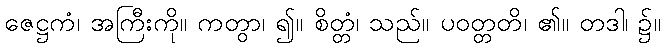
ဇေဋ္ဌကံ၊ အကြီးကို။ ကတွာ၊ ၍။ စိတ္တံ၊ သည်။ ပဝတ္တတိ၊ ၏။ တဒါ၊ ၌။